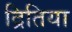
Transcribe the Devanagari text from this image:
द्रितिया